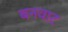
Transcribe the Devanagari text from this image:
बनवाट